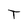
Character: T